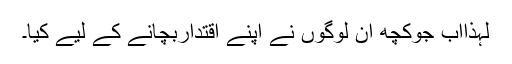
لہذااب جوکچھ ان لوگوں نے اپنے اقتداربچانے کے لیے کیا۔